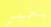
بخير